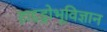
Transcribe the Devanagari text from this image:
हाइड्रोभूविज्ञान